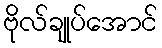
ဗိုလ်ချုပ်အောင်